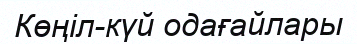
Көңіл-күй одағайлары